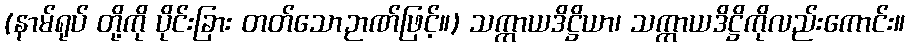
(နာမ်ရုပ် တို့ကို ပိုင်းခြား တတ်သောဉာဏ်ဖြင့်။) သက္ကာယဒိဋ္ဌိယာ၊ သက္ကာယဒိဋ္ဌိကိုလည်းကောင်း။